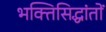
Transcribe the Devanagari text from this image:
भक्तिसिद्धांतों